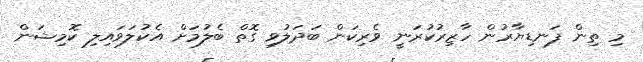
މި ތިން ފަނޑިޔާރުން ހާޒިރުކުރަނީ ވެރިކަން ބަދަލުވި ގޮތް ބެލުމަށް އެކުލަވައިލި ކޮމިޝަން